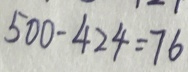
5 0 0 - 4 2 4 = 7 6